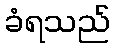
ခံရသည်